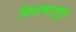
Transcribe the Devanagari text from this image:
विपाकश्रुत